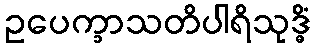
ဥပေက္ခာသတိပါရိသုဒ္ဓိံ